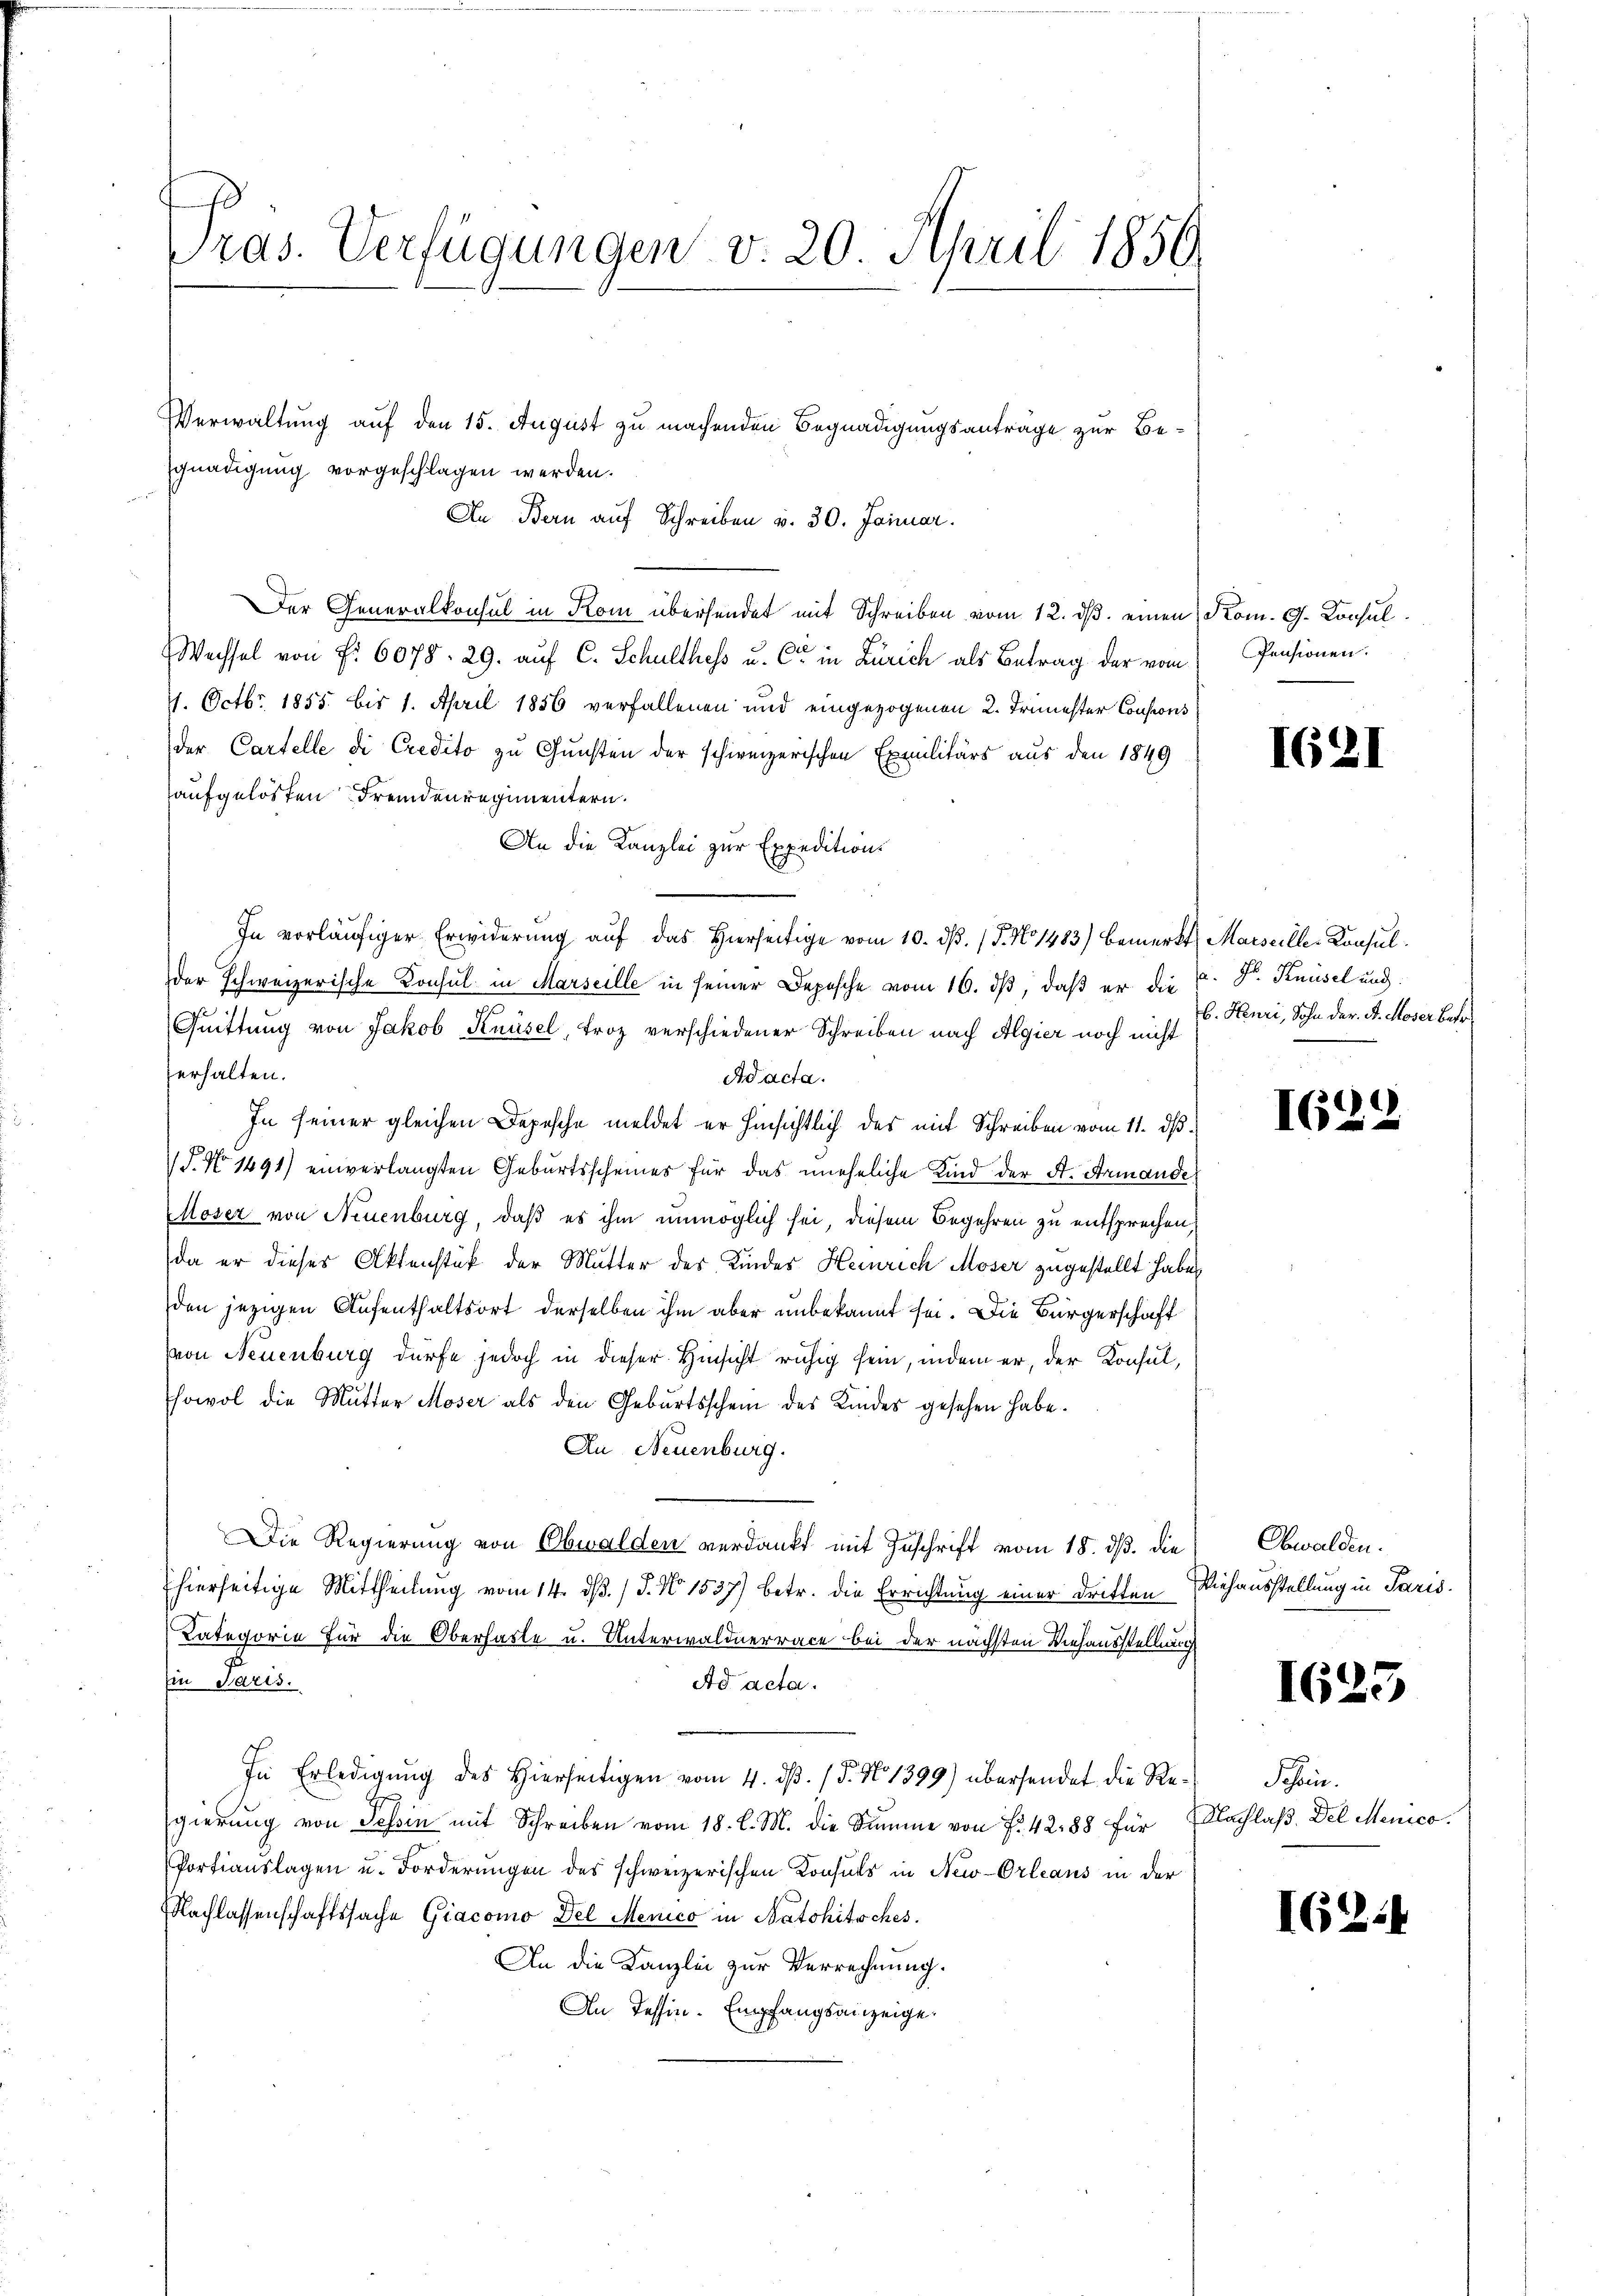
ras. Verfügungen v. 20. April 1856

Verwaltung auf den 15. August zu machenden Begnadigungsanträge zur Begnadigung vorgeschlagen werden.
An Bern auf Schreiben v. 30. Januar.
Der Generalkonsul in Rom übersendet mit Schreiben vom 12. ds. einen Kom. G. Consul
Wechsel von Fr. 6078. 29. auf C. Schulthess u. Cie in Zürich als Betrag der vom Pensionen.
11. Octbr. 1855. bis 1. April 1856 verfallenen und eingezogenen 2. Trimester Consions
der Cartelle di Credito zu Gunsten der schweizerischen Exmmilitärs aus den 1849
aufgelösten Fremdenregimentern.
An die Kanzlei zur Expeditions
In vorläufiger Erwiderung auf das Hierseitige vom 10. dβ. / P. No 1483) bemerkt Marseiller Konsulder schweizerische Konsul in Marseille in seiner Depesche vom 16. dβ, daß er die
Quittung von Jakob Knüsel, troz verschiedener Schreiben nach Algier noch nicht
ferhalten.
Adacta.
In seiner gleichen Depesche meldet er hinsichtlich des mit Schreiben vom 11. ds.
d. No 1491) einverlangten Geburtsscheines für das uneheliche Kind der A. Armande
Moser von Neuenburg, daß es ihm unmöglich sei, diesem Begehren zu entsprechen,
da er dieses Aktenstück der Mutter des Kindes Heinrich Moser zugestellt habe
den jezigen Aufenthaltsort derselben ihm aber unbekannt sei. Die Bürgerschaft
von Neuenburg dürfe jedoch in dieser Hinsicht ruhig sein, indem er, der Konsul,
sowol die Mutter Moser als den Gebŭrtsschein des Kindes gesehen habe.
An Neuenburg.
Die Regierung von Obwalden verdankt mit Zuschrift vom 18. ds. die
Ehierseitige Mittheilung vom 14. dß. / J. No 1537) betr. die Errichtung einer dritten Viehausstellung in Paris.
Kategorie für die Oberhasle u. Unterwaldnerrace bei der nächsten Viehausstellung
Ein Paris.
Ad acta.
In Erledigŭng des hierseitigen vom 4. dβ. / 5. No 1399) übersendet die Re-Schön.
gierung von Tessin mit Schreiben vom 18. l. M. die Summe von Fr. 4288 für Nachlaß Del Menico.
Portiauslagen u. Forderungen des schweizerischen Konsuls in New-Orleans in der
Nachlassenschaftssache Giacomo del Menico in Natohitsches.
An die Kanzlei zur Verrechnung.
An Tessin. Empfangsanzeige.

162/

a. Hr. Knüsel und:
b. Henri, Sohn der Dr. Moser betr.

IG22

Obwalden.

I625

16

.